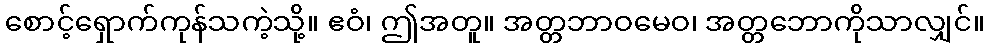
စောင့်ရှောက်ကုန်သကဲ့သို့။ ဧဝံ၊ ဤအတူ။ အတ္တဘာဝမေဝ၊ အတ္တဘောကိုသာလျှင်။